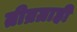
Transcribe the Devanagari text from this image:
तीव्रग्राही